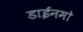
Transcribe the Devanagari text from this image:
डाईनमो